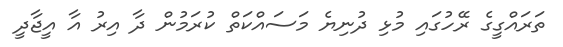
ތަރައްގީގެ ރޭހުގައި މުޅި ދުނިޔެ މަސައްކަތް ކުރަމުން ދާ އިރު އާ އީޖާދީ